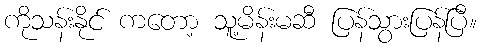
ကိုသန်းနိုင် ကတော့ သူ့မိန်းမဆီ ပြန်သွားပြန်ပြီ။